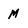
Character: M